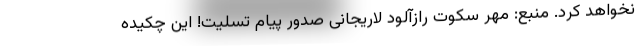
نخواهد کرد. منبع: مهر سکوت رازآلود لاریجانی صدور پیام تسلیت! این چکیده